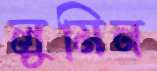
লুমিন